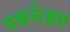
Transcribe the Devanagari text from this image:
मकनेअल